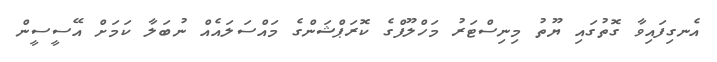
އެނގިފައިވާ ގޮތުގައި ޔޫތު މިނިސްޓަރު މަހްލޫފްގެ ކޮރަޕްޝަންގެ މައްސަލައެއް ނުބަލާ ކަމަށް އޭސީސީން